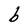
Character: b